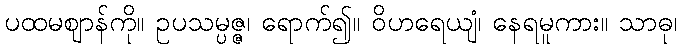
ပထမဈာန်ကို။ ဥပသမ္ပဇ္ဇ၊ ရောက်၍။ ဝိဟရေယျံ၊ နေရမူကား။ သာဓု၊